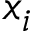
x _ { i }